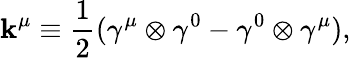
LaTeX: \mathbf{k}^{\mu}\equiv\frac{{1}}{{2}}({\gamma}^{\mu}\otimes{\gamma}^{0}-{\gamma}^{0}\otimes{\gamma}^{\mu}),